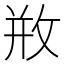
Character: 𢼶